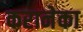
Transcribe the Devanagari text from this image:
करानेका